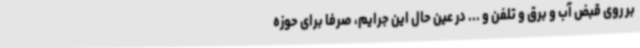
بر روی قبض آب و برق و تلفن و ... در عین حال این جرایم، صرفا برای حوزه